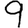
Digit: 9